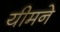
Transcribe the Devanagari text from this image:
यीमने